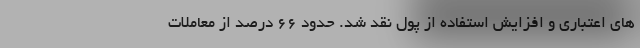
های اعتباری و افزایش استفاده از پول نقد شد. حدود 66 درصد از معاملات